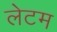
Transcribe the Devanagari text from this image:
लेटम